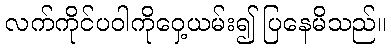
လက်ကိုင်ပဝါကိုဝှေ့ယမ်း၍ ပြနေမိသည်။